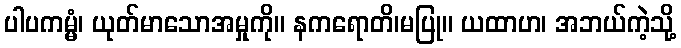
ပါပကမ္မံ၊ ယုတ်မာသောအမှုကို။ နကရောတိ၊မပြု။ ယထာဟ၊ အဘယ်ကဲ့သို့